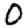
Digit: 0